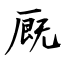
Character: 厩